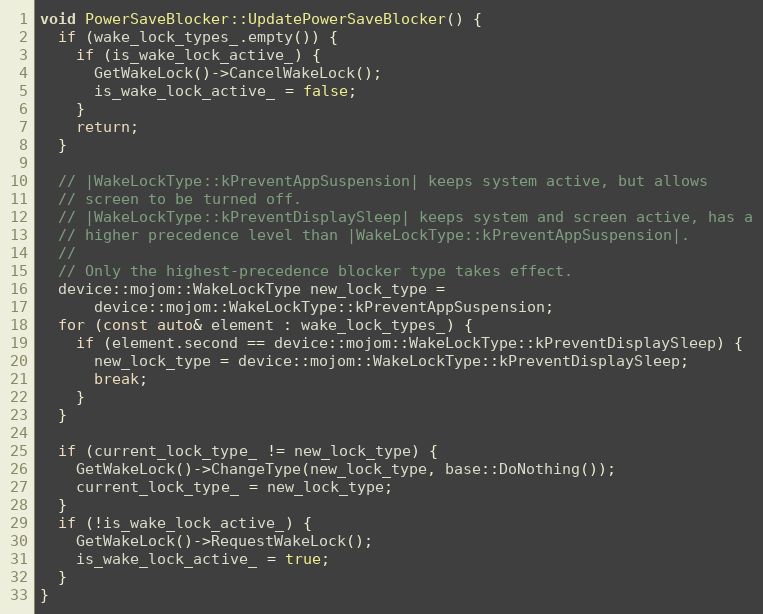
Language: C++
void PowerSaveBlocker::UpdatePowerSaveBlocker() {
  if (wake_lock_types_.empty()) {
    if (is_wake_lock_active_) {
      GetWakeLock()->CancelWakeLock();
      is_wake_lock_active_ = false;
    }
    return;
  }

  // |WakeLockType::kPreventAppSuspension| keeps system active, but allows
  // screen to be turned off.
  // |WakeLockType::kPreventDisplaySleep| keeps system and screen active, has a
  // higher precedence level than |WakeLockType::kPreventAppSuspension|.
  //
  // Only the highest-precedence blocker type takes effect.
  device::mojom::WakeLockType new_lock_type =
      device::mojom::WakeLockType::kPreventAppSuspension;
  for (const auto& element : wake_lock_types_) {
    if (element.second == device::mojom::WakeLockType::kPreventDisplaySleep) {
      new_lock_type = device::mojom::WakeLockType::kPreventDisplaySleep;
      break;
    }
  }

  if (current_lock_type_ != new_lock_type) {
    GetWakeLock()->ChangeType(new_lock_type, base::DoNothing());
    current_lock_type_ = new_lock_type;
  }
  if (!is_wake_lock_active_) {
    GetWakeLock()->RequestWakeLock();
    is_wake_lock_active_ = true;
  }
}